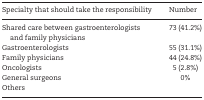
| Specialty that should take the responsibility | Number |
 | --- | --- |
 | Shared care between gastroenterologists and family physicians | 73 (41.2%) |
 | Gastroenterologists | 55 (31.1%) |
 | Family physicians | 44 (24.8%) |
 | Oncologists | 5 (2.8%) |
 | General surgeons | 0% |
 | Others |  |